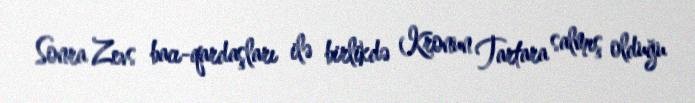
Sonra Zevs bacı-qardaşları ilə birlikdə Kronun Tartara salmış olduğu